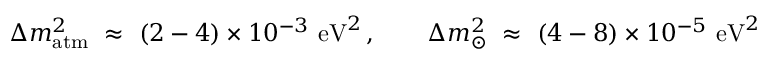
\Delta m _ { \mathrm { a t m } } ^ { 2 } \ \approx \ ( 2 - 4 ) \times 1 0 ^ { - 3 } ~ \mathrm { e V } ^ { 2 } \, , \qquad \Delta m _ { \odot } ^ { 2 } \ \approx \ ( 4 - 8 ) \times 1 0 ^ { - 5 } ~ \mathrm { e V } ^ { 2 }